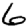
Digit: 6